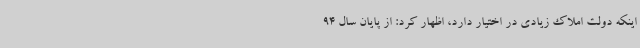
اینکه دولت املاک زیادی در اختیار دارد، اظهار کرد: از پایان سال 94